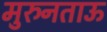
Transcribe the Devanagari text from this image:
मुरुनताऊ